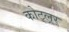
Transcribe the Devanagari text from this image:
कोट्ल्रर्